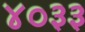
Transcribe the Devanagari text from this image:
४०३३